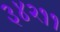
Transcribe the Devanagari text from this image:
३४२११